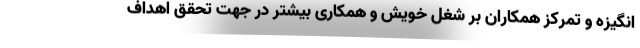
انگیزه و تمرکز همکاران بر شغل خویش و همکاری بیشتر در جهت تحقق اهداف